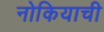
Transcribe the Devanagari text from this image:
नोकियाची